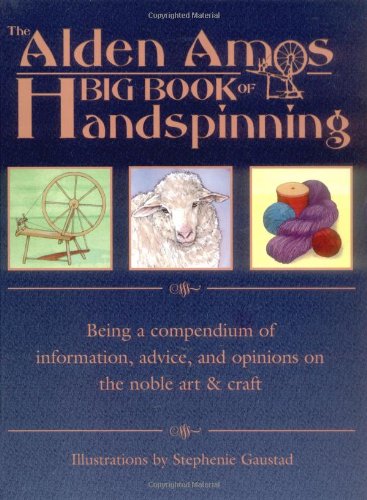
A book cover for The Alden Amos Big Book of Handspinning: Being A Compendium of Information, Advice, and Opinions On the Noble Art & Craft; Alden Amos; Crafts, Hobbies & Home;